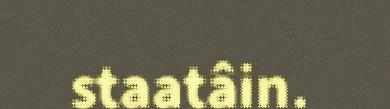
staatâin.